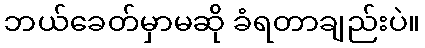
ဘယ်ခေတ်မှာမဆို ခံရတာချည်းပဲ။